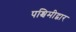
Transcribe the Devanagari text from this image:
पश्चिमीद्वार